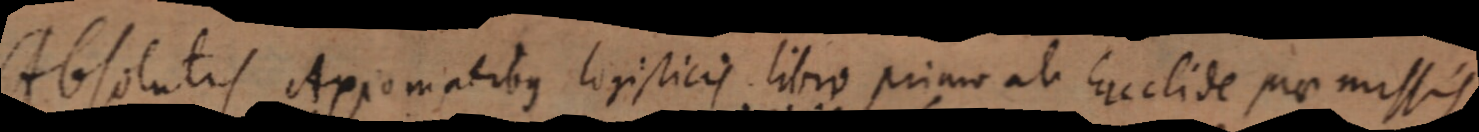
Absolutis Axiomatibus logisticis libro priam ab Euclide pro missis